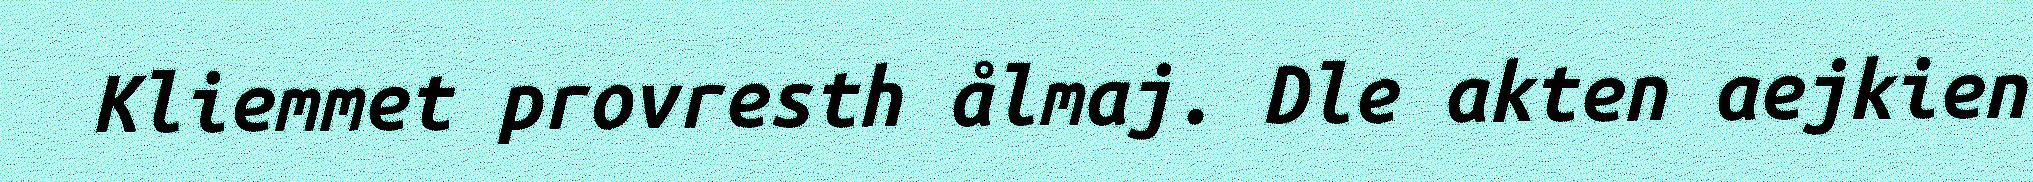
Kliemmet provresth ålmaj. Dle akten aejkien